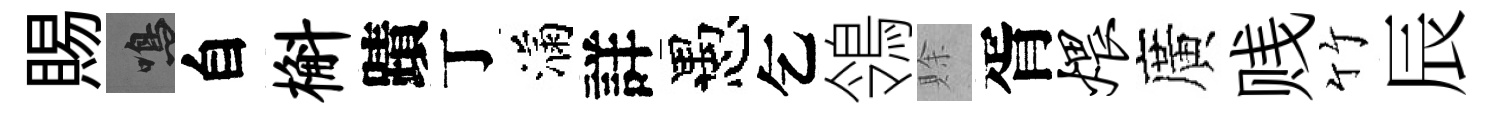
賜鳴自槲蹟丁滿詳愚乞鴒賖胥煨廣贱竹辰